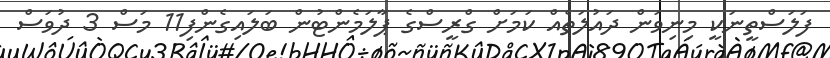
ފަލަސްތީނަކީ މިނިވަން ދައުލަތެއް ކަމަށް ގްރީސްގެ ޕާލަމެންޓުން ބަލައިގެންފި11 މަސް 3 ދުވަސް